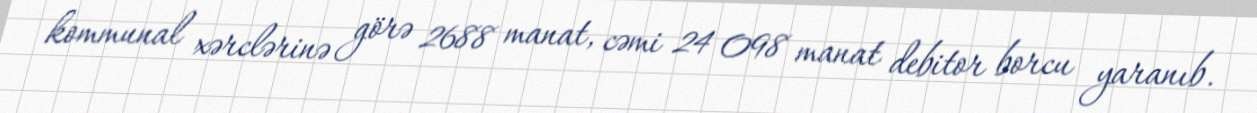
kommunal xərclərinə görə 2688 manat, cəmi 24 098 manat debitor borcu yaranıb.